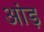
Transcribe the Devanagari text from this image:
आंड़